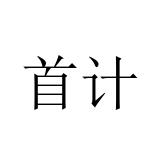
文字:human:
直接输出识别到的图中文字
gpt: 首计